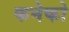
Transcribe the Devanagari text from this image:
कनेको